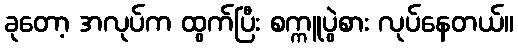
ခုတော့ အလုပ်က ထွက်ပြီး စက္ကူပွဲစား လုပ်နေတယ်။